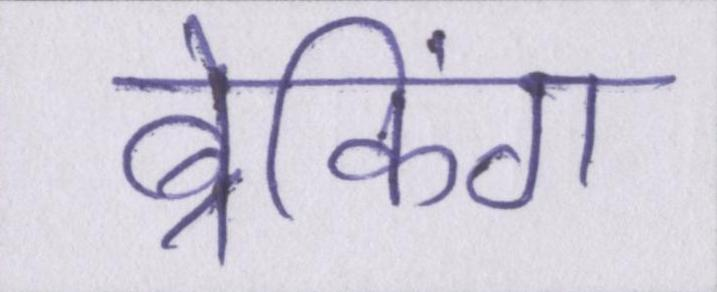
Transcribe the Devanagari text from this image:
ब्रेकिंग